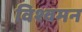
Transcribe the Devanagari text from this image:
विश्वमन